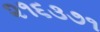
૨૧૬૩૭૧